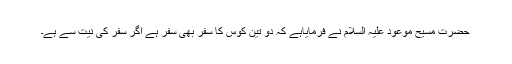
حضرت مسیح موعود علیہ السلام نے فرمایاہے کہ دو تین کوس کا سفر بھی سفر ہے اگر سفر کی نیت سے ہے۔